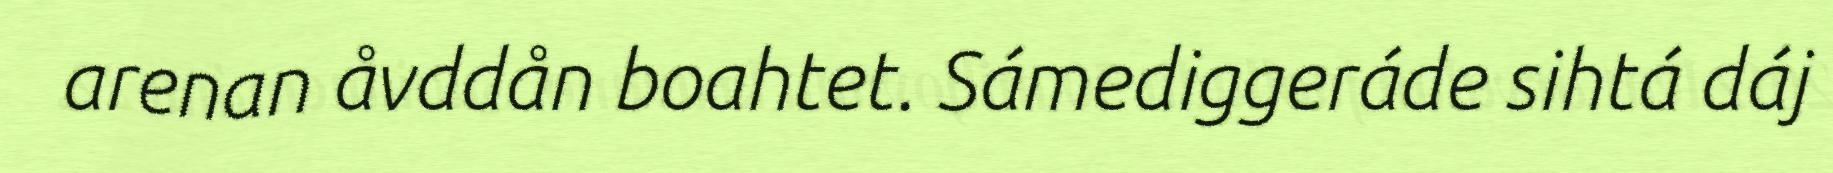
arenan åvddån boahtet. Sámediggeráde sihtá dáj